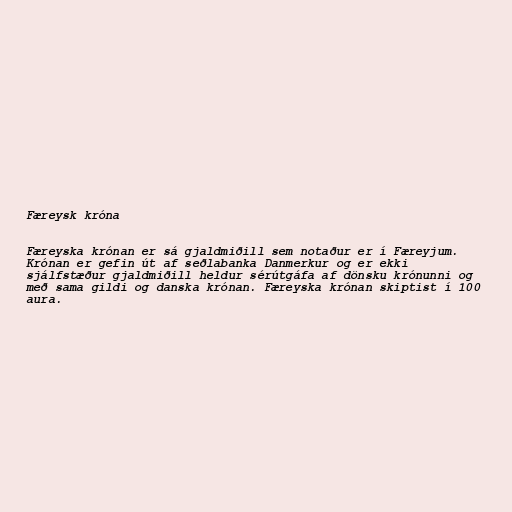
Færeysk króna

Færeyska krónan er sá gjaldmiðill sem notaður er í Færeyjum.
Krónan er gefin út af seðlabanka Danmerkur og er ekki
sjálfstæður gjaldmiðill heldur sérútgáfa af dönsku krónunni og
með sama gildi og danska krónan. Færeyska krónan skiptist í 100
aura.